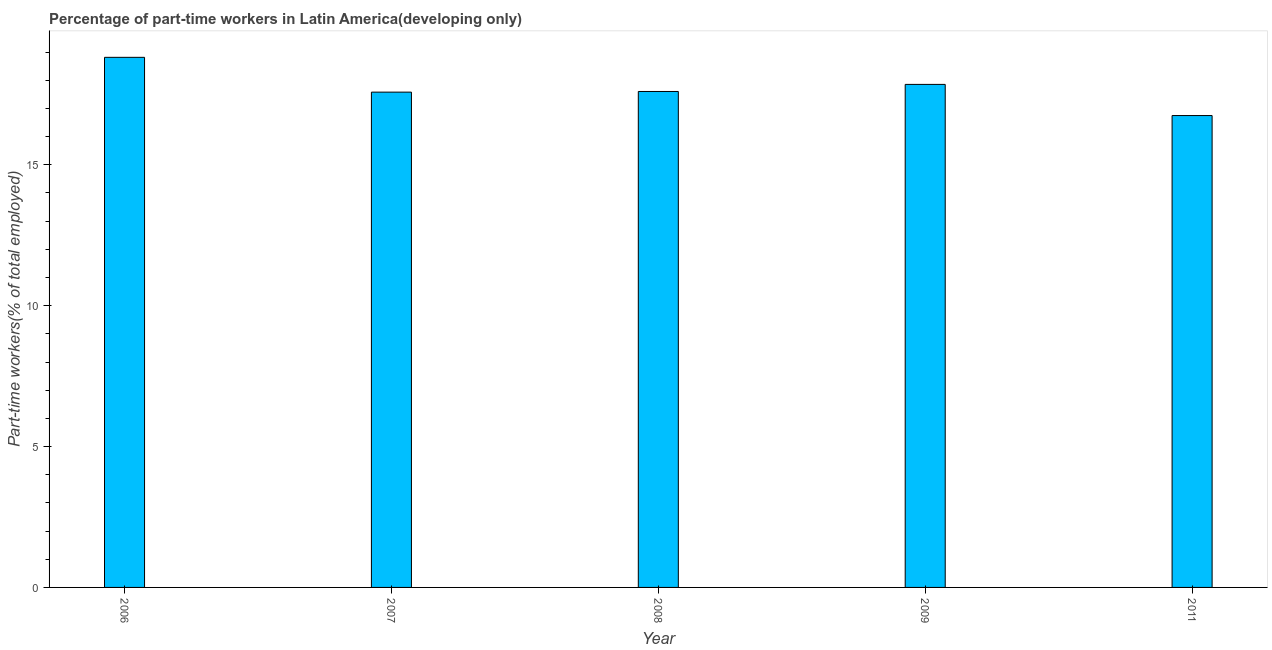
| Year | Part time employment |
 | --- | --- |
 | 2006 | 18.8 |
 | 2007 | 17.6 |
 | 2008 | 17.6 |
 | 2009 | 17.9 |
 | 2011 | 16.7 |